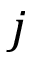
j